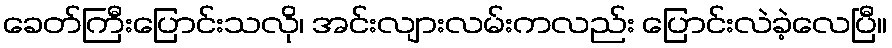
ခေတ်ကြီးပြောင်းသလို၊ အင်းလျားလမ်းကလည်း ပြောင်းလဲခဲ့လေပြီ။